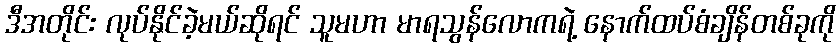
ဒီအတိုင်း လုပ်နိုင်ခဲ့မယ်ဆိုရင် သူမဟာ မာရသွန်လောကရဲ့ နောက်ထပ်စံချိန်တစ်ခုကို